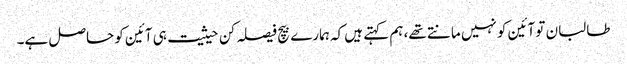
طالبان تو آئین کو نہیں مانتے تھے، ہم کہتے ہیں کہ ہمارے بیچ فیصلہ کن حیثیت ہی آئین کو حاصل ہے۔